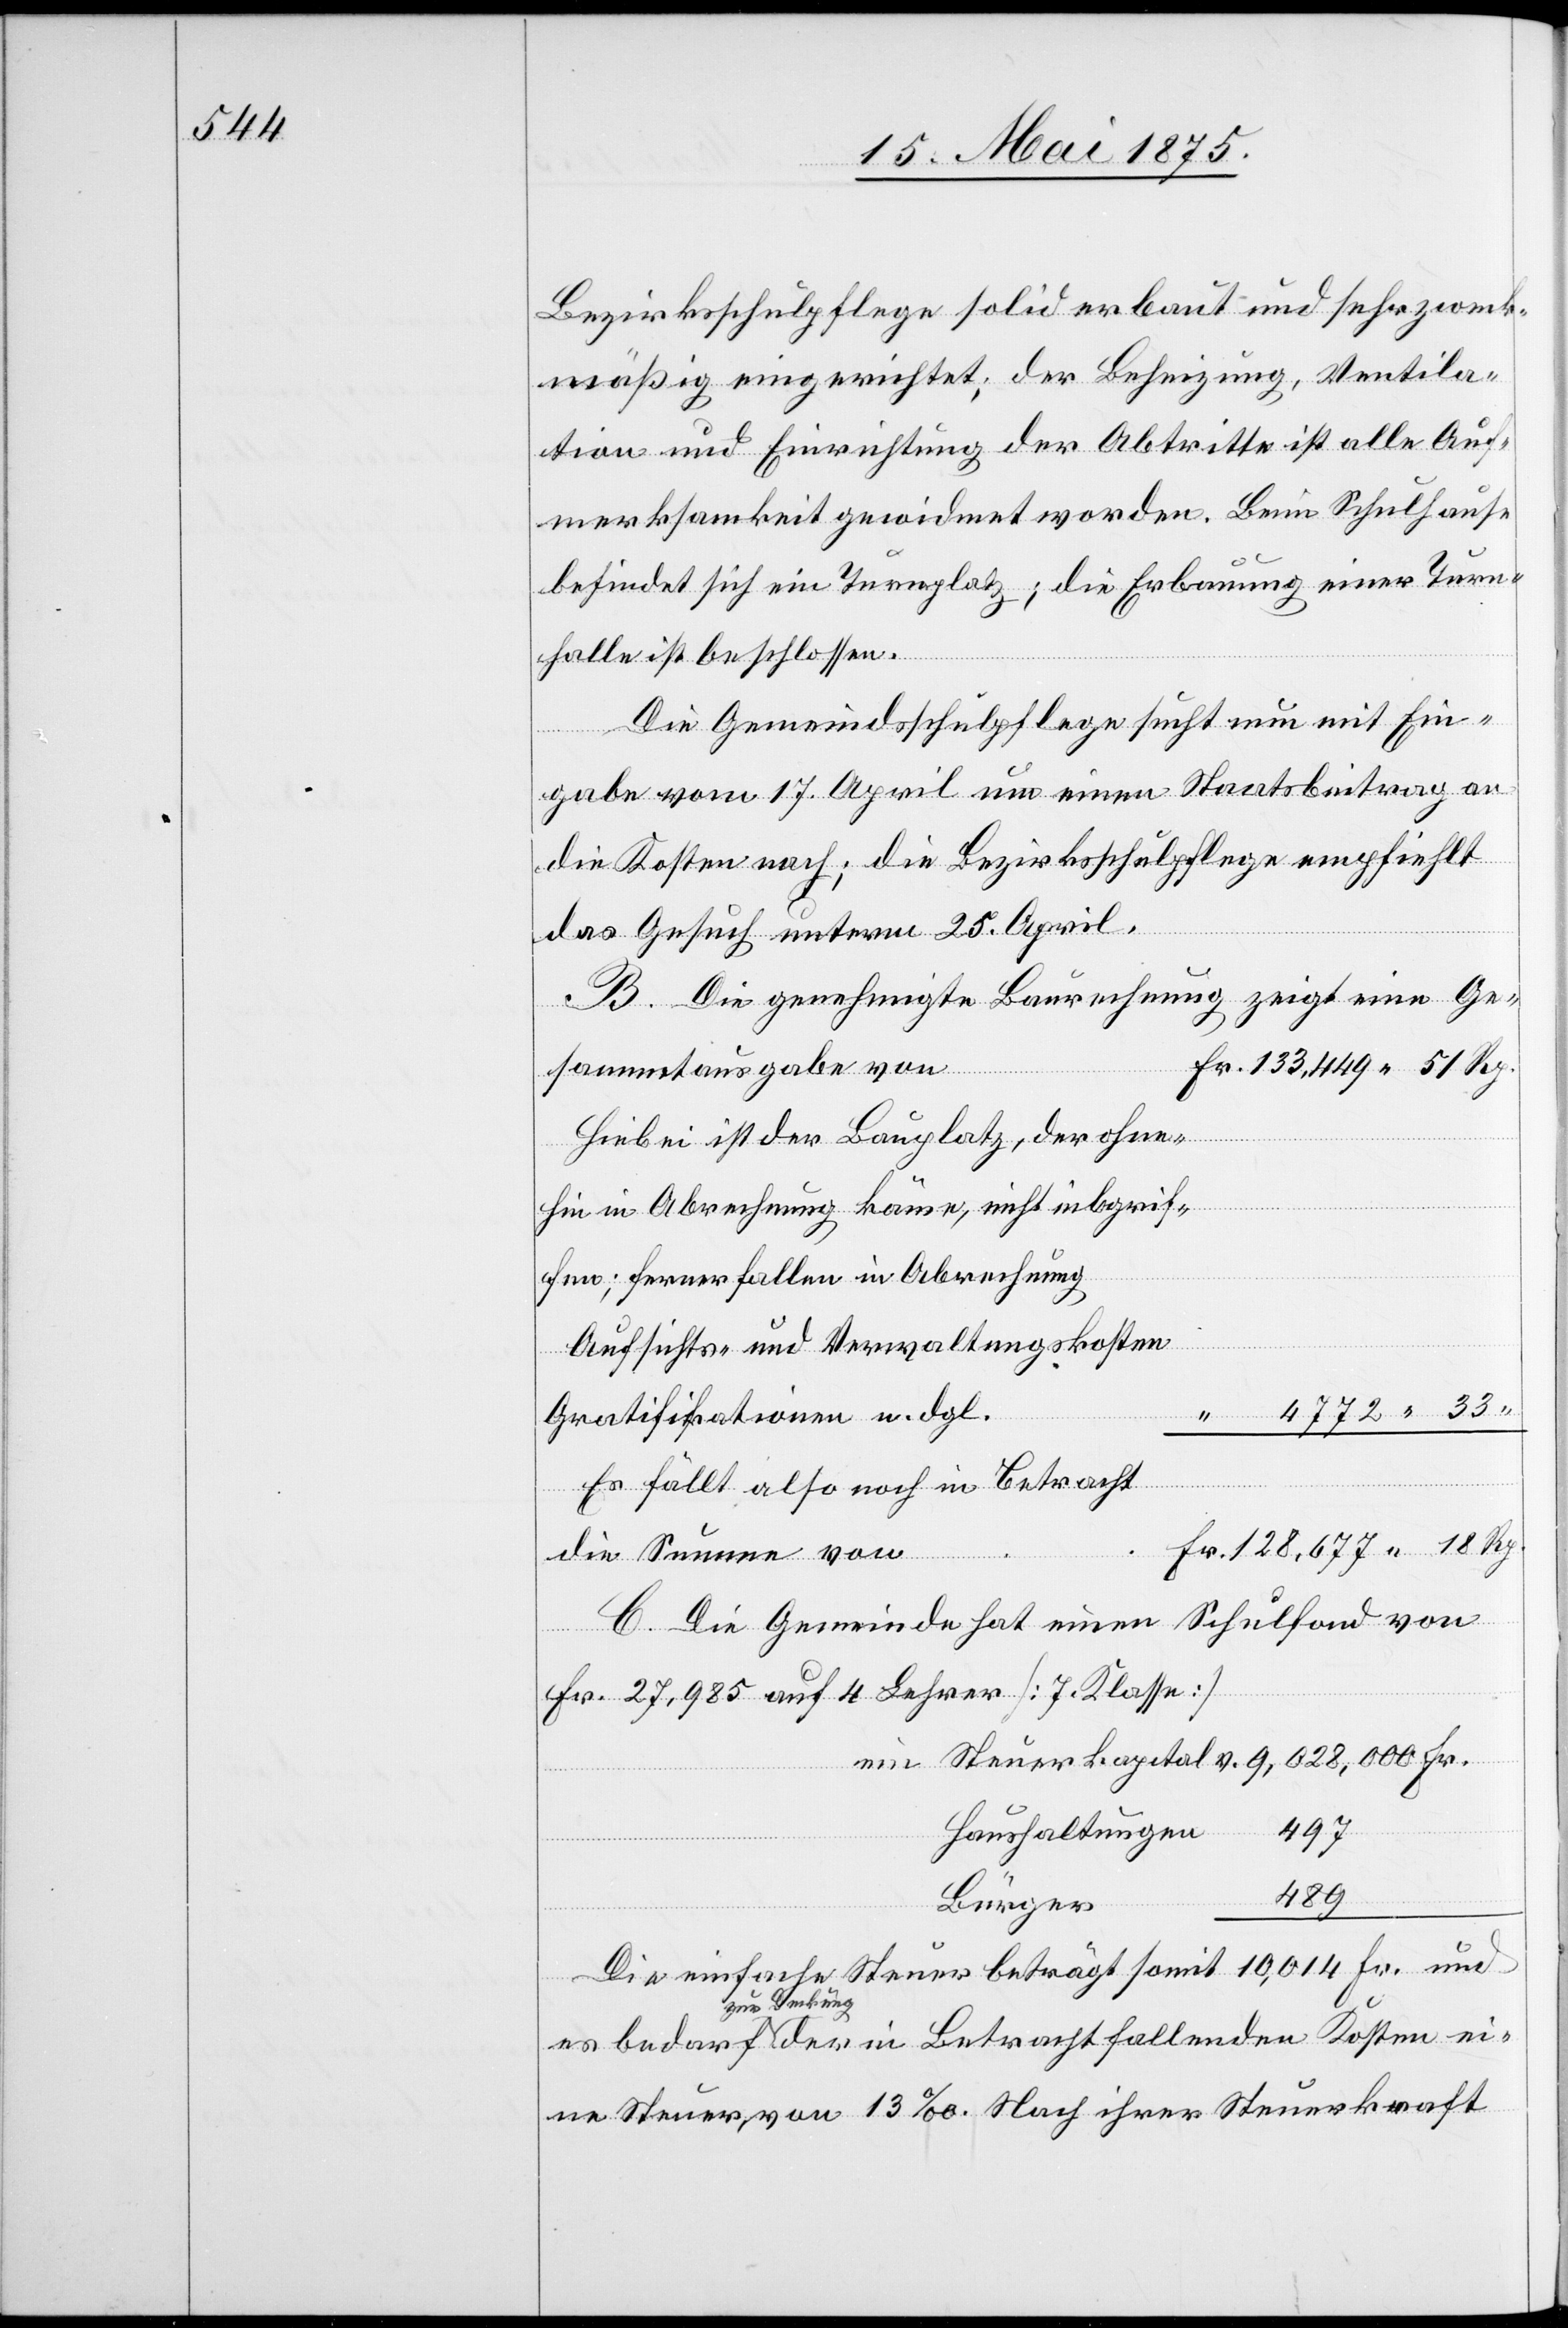
in

Bezirksschulpflege solid erbaut und sehr zweck¬
mäßig eingerichtet; der Beheizung, Ventila¬
tion und Einrichtung der Abtritte ist alle Auf¬
merksamkeit gewidmet worden. Beim Schulhause
befindet sich ein Turnplatz; die Erbauung einer Turn¬
halle ist beschlossen.
Die Gemeindsschulpflege sucht nun mit Ein¬
gabe vom 17. April um einen Staatsbeitrag an
die Kosten nach; die Bezirksschulpflege empfiehlt
e¬
das Gesuch unterm 25. April.
Die genehmigte Baurechnung zeigt eine Ge¬
Kosten
sammtausgabe von
Hiebei ist der Bauplatz, der ohne¬
hin in Abrechnung käme, nicht inbegrif¬
der
fen; ferner fallen in Abrechnung
Aufsichts- und Verwaltungskosten,
4772 33
Qualifikationen u. dgl.
Es fällt also noch in Betracht
die Summe von
C. Die Gemeinde hat einen Schulfond von
Fr. 27,985 auf 4 Lehrer [7. Klasse]
497
Haushaltungen
489
Bürger
Die einfache Steuer beträgt somit 10,014 Fr. und
zur Senkung
ine Steuer von 13‰. nach ihrer Steuerkraft